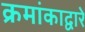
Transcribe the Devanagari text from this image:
क्रमांकाद्वारे